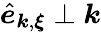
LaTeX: \hat{\boldsymbol e}_{{\boldsymbol k},{\boldsymbol\xi}}\perp{\boldsymbol k}